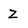
Character: z